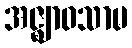
အဇ္ဈာဝသာမ